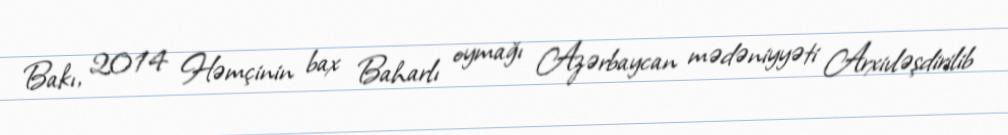
Bakı, 2014 Həmçinin bax Baharlı oymağı Azərbaycan mədəniyyəti Arxivləşdirilib